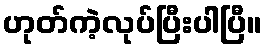
ဟုတ်ကဲ့လုပ်ပြီးပါပြီ။